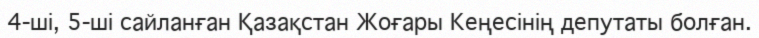
4-ші, 5-ші сайланған Қазақстан Жоғары Кеңесінің депутаты болған.